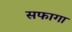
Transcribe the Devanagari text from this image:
सफागा